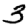
Digit: 3